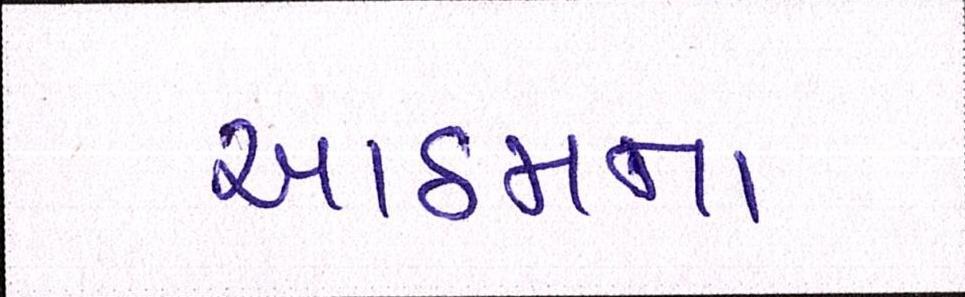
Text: આઠમના